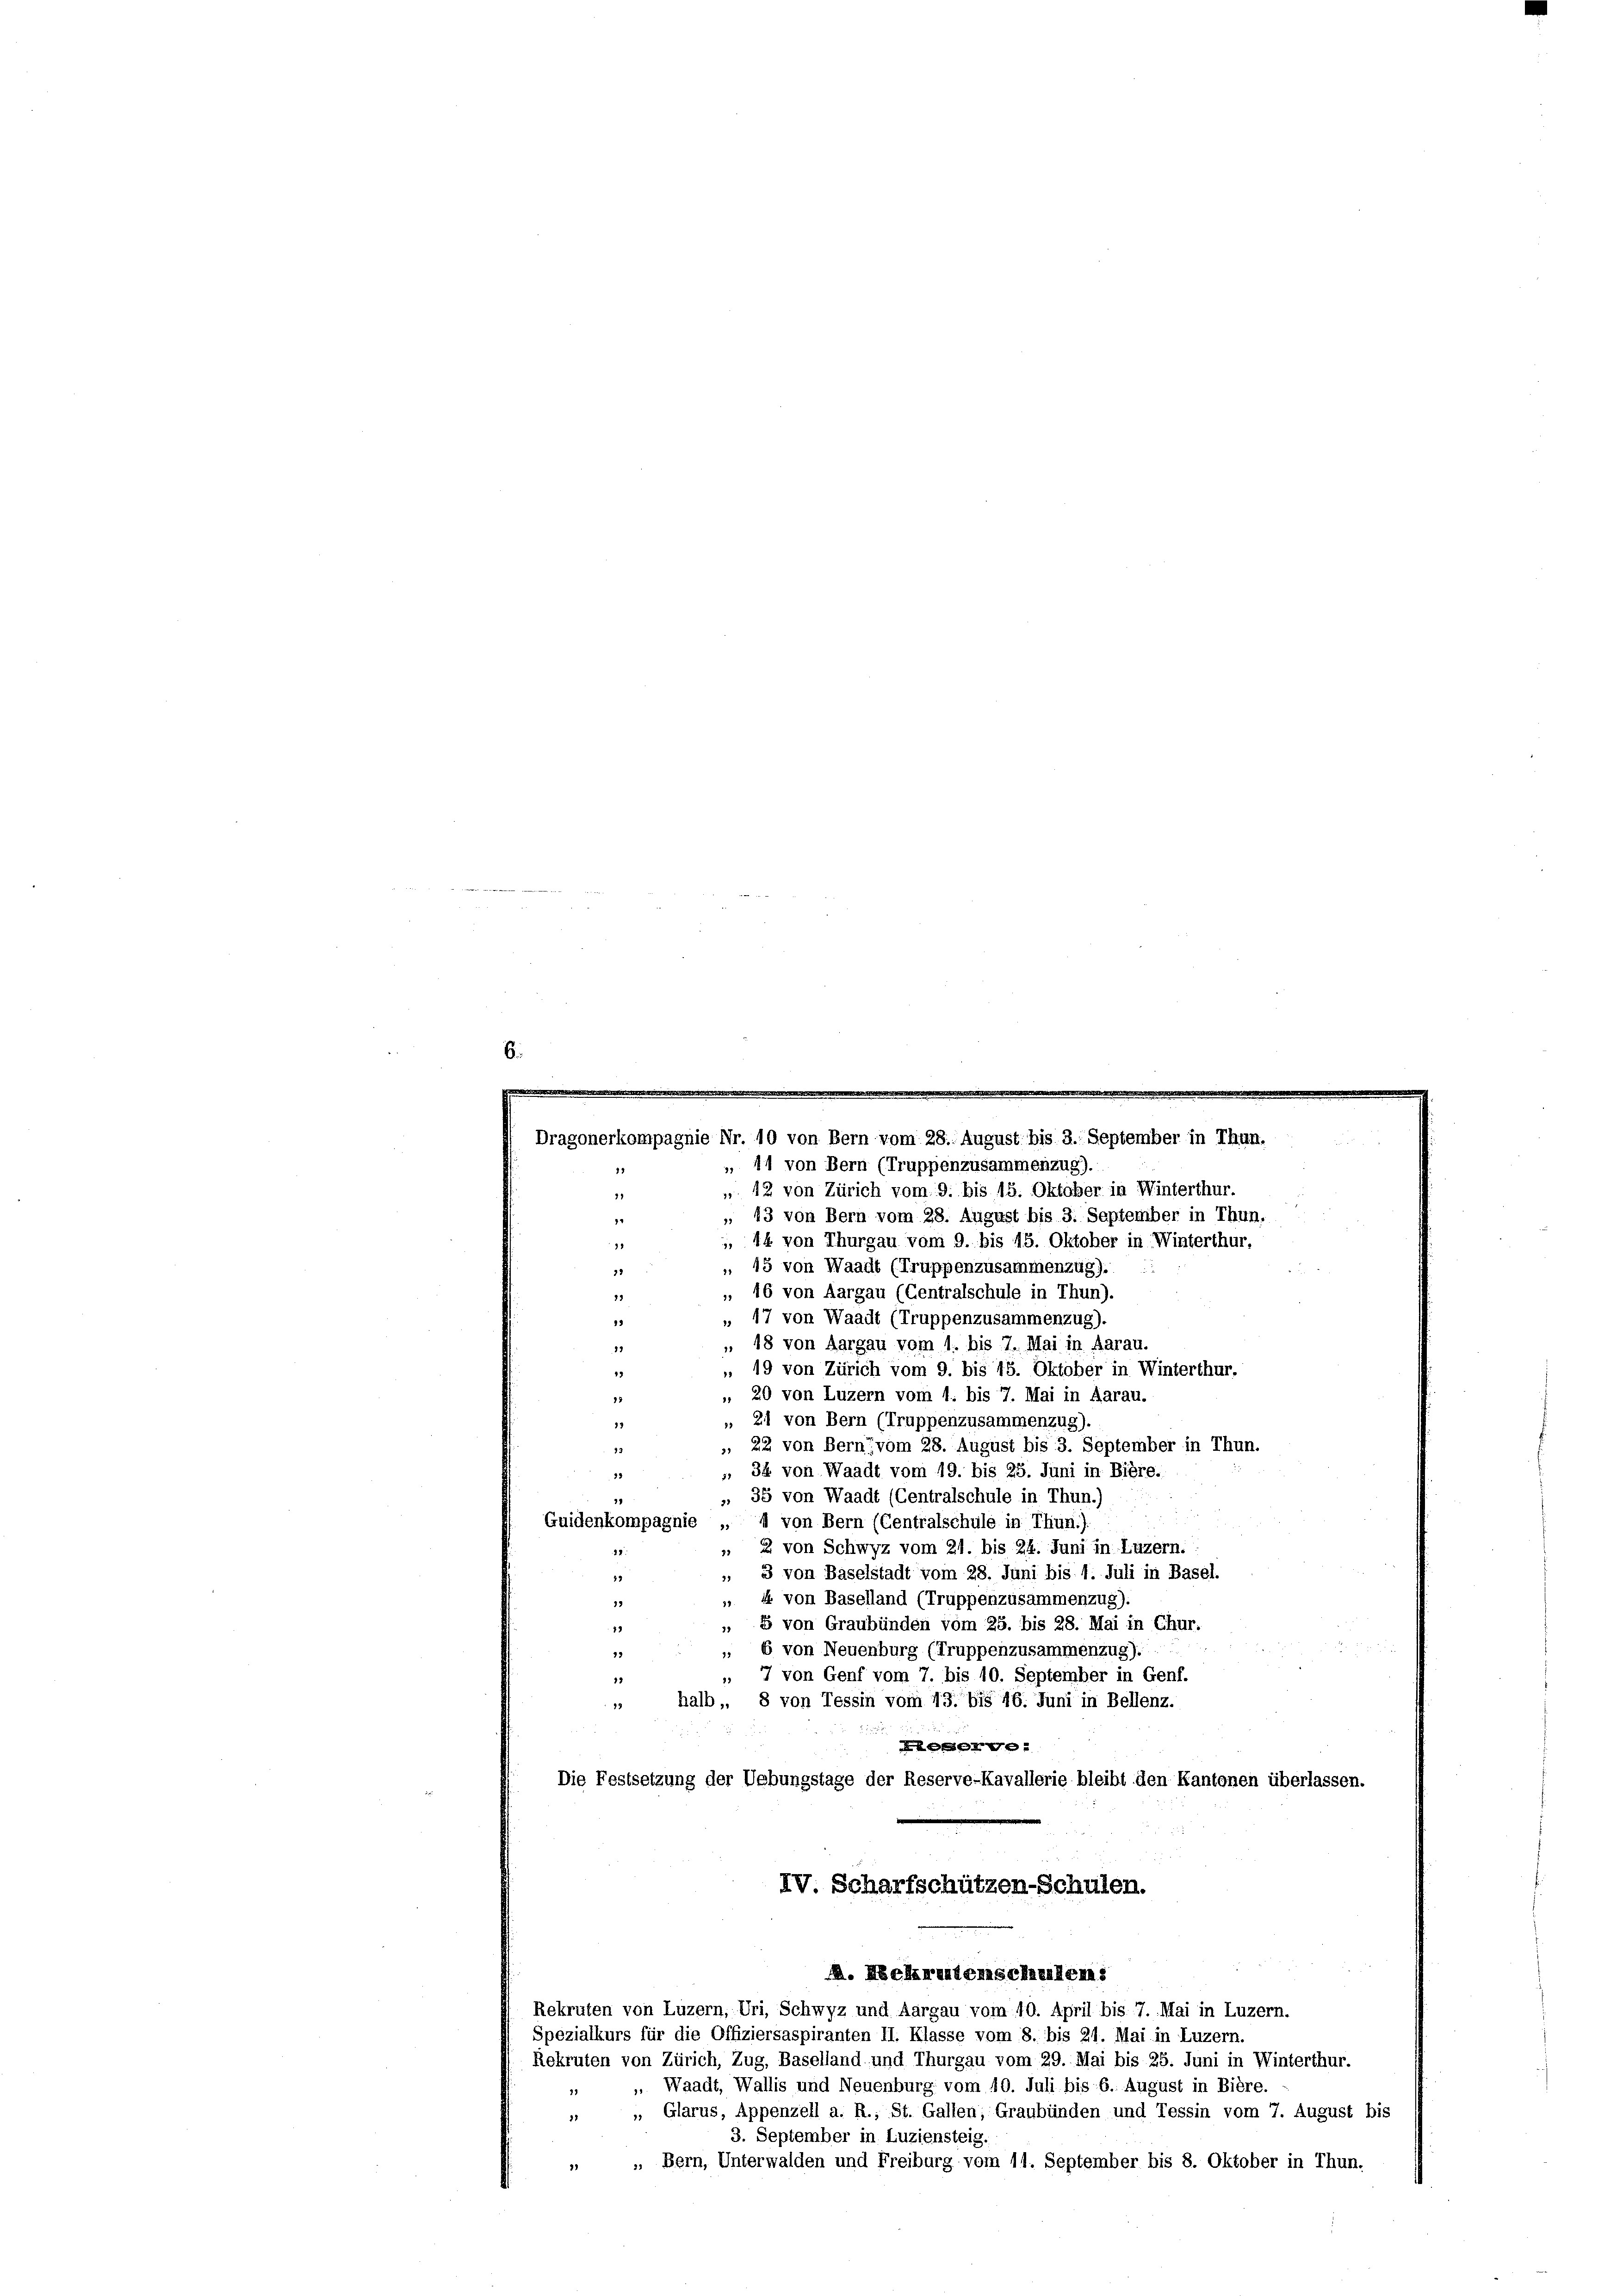
6.

Dragonerkompagnie Nr. 10 von Bern vom 28. August bis 3. September in Thun.
11 von Bern (Truppenzusammenzug).
15

u
 12 von Zürich vom 9. bis 15. Oktober in Winterthur.
11
, 13 von Bern vom 28. August bis 3. September in Thun.
4
, 14 von Thurgau vom 9. bis 15. Oktober in Winterthur,
18
„ 15 von Waadt (Truppenzusammenzug).
22
16 von Aargau (Centralschule in Thun).
19
„ 17 von Waadt (Truppenzusammenzug).
19
„ 18 von Aargau vom 1. bis 7. Mai in Aarau.
15
„ 19 von Zürich vom 9. bis 15. Oktober in Winterthur.
19
. 20 von Luzern vom 1. bis 7. Mai in Aarau.
18
 21 von Bern (Truppenzusammenzug).
13
, 22 von Bern, vom 28. August bis 3. September in Thun.
48
, 34 von Waadt vom 19. bis 25. Juni in Biere.
33
». 35 von Waadt (Centralschule in Thun.)
Guidenkompagnie „ I von Bern (Centralschule in Thun.).
 2 von Schwyz vom 21. bis 24. Juni in Luzern.
 3 von Baselstadt vom 28. Juni bis 1. Juli in Basel.
r
 4 von Baselland (Truppenzusammenzug).
19
 8 von Graubünden vom 25. bis 28. Mai in Chur.
19
6 von Neuenburg (Truppenzusammenzug).
12
33
 7 von Genf vom 7. bis 10. September in Genf.
19
" halb, 8 von Tessin vom 13. bis 16. Juni in Bellenz.
Aegerve
Die Festsetzung der Uebungstage der Reserve-Kavallerie bleibt den Kantonen überlassen.
IV. Scharfschützen-Schulen.
. Neekretenscheilen
Rekruten von Luzern, Uri, Schwyz und Aargau vom 10. April bis 7. Mai in Luzern.
Spezialkurs für die Offiziersaspiranten II. Klasse vom 8. bis 21. Mai in Luzern.
Rekruten von Zürich, Zug, Baselland und Thurgau vom 29. Mai bis 25. Juni in Winterthur.
„ Waadt, Wallis und Neuenburg vom 10. Juli bis 6. August in Bière.
„ „ Glarus, Appenzell a. R., St. Gallen; Graubünden und Tessin vom 7. August bis
3. September in Luziensteig.
„  Bern, Unterwalden und Freiburg vom 11. September bis 8. Oktober in Thun.